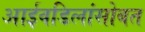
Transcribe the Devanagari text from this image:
आईवडिलांसोबत